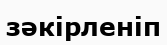
зәкірленіп